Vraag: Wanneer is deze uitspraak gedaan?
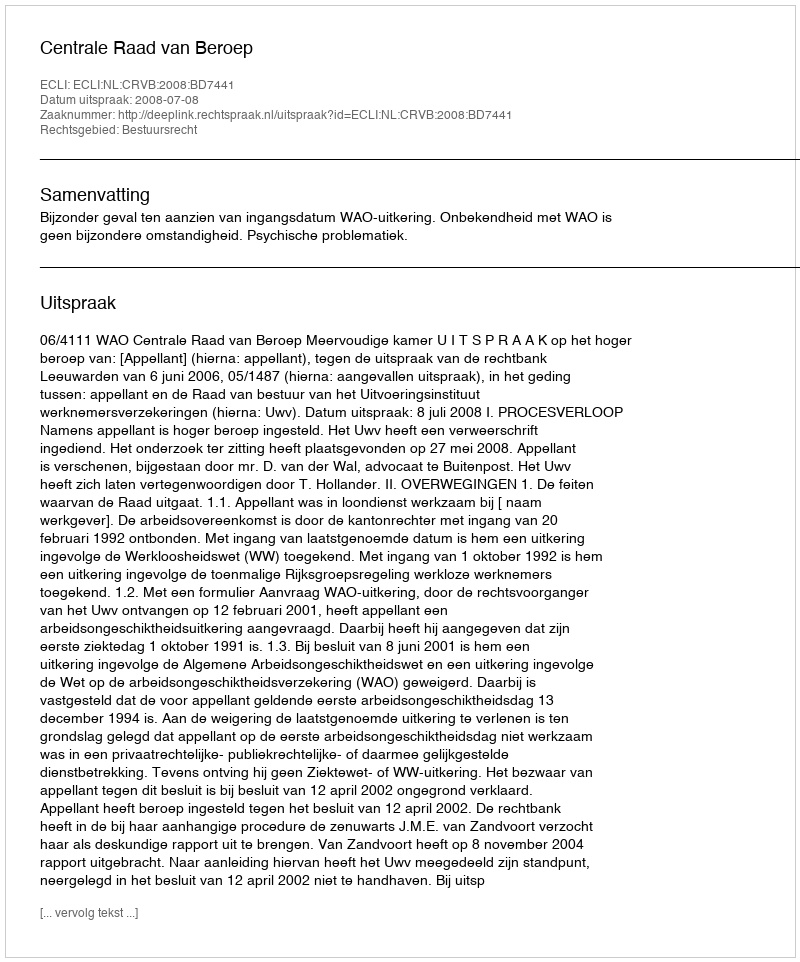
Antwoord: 2008-07-08